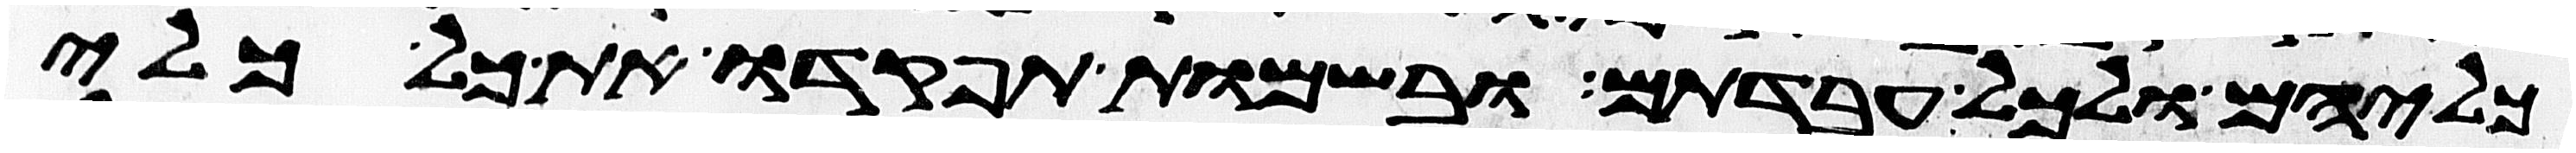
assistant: כליהם ולכל עבדתם ובשמות תפקדו את כל כלי